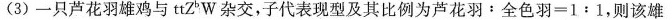
（3）一只芦花羽雄鸡与ttZ^BW杂交，子代表现型及其比例为$$芦 花 羽 ： 全 色 羽 = 1 ：1$$，则该雄